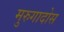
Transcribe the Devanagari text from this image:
मुरुगादोस